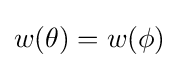
w(\theta )=w(\phi )